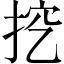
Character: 挖